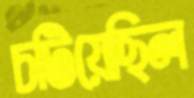
চটিয়েছিল